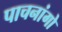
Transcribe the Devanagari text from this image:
पाचनांगो